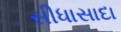
સીધાસાદા